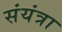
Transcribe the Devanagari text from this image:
संयंत्रा